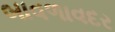
બાવળાવદર